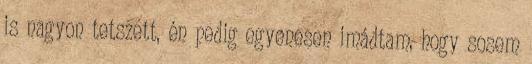
is nagyon tetszett, én pedig egyenesen imádtam, hogy sosem